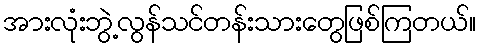
အားလုံးဘွဲ့လွန်သင်တန်းသားတွေဖြစ်ကြတယ်။